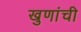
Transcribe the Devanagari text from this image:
खुणांची